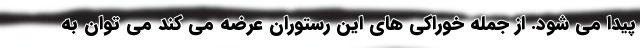
پیدا می شود. از جمله خوراکی های این رستوران عرضه می کند می توان به